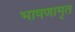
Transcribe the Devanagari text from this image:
भाषणामृत